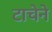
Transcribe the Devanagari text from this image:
टाचेने